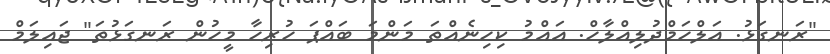
"ރަނގަޅު. އަލްހަމްދުލިއްލާހް. އައްމު ކިހިނެއްތަ މަންމަ ބައްޕަ ހުރިހާ މީހުން ރަނގަޅުތަ" ޖައިލަމް